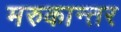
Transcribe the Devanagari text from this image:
मरुकान्तर